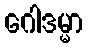
ဂေါဒမ္မာ